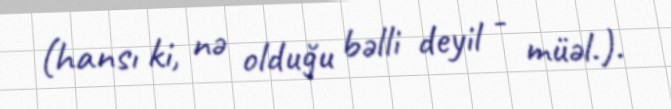
(hansı ki, nə olduğu bəlli deyil - müəl.).